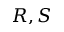
R , S